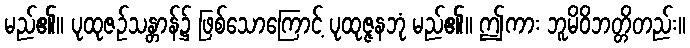
မည်၏။ ပုထုဇဉ်သန္တာန်၌ ဖြစ်သောကြောင့် ပုထုဇ္ဇနဘုံ မည်၏။ ဤကား ဘူမိဝိဘတ္တိတည်း။